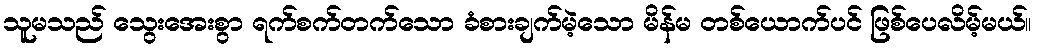
သူမသည် သွေးအေးစွာ ရက်စက်တက်သော ခံစားချက်မဲ့သော မိန်မ တစ်ယောက်ပင် ဖြစ်ပေလိမ့်မယ်။